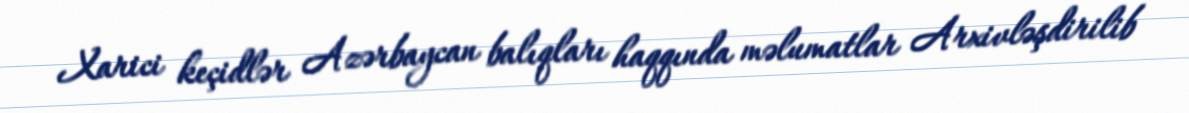
Xarici keçidlər Azərbaycan balıqları haqqında məlumatlar Arxivləşdirilib